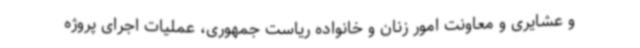
و عشایری و معاونت امور زنان و خانواده ریاست جمهوری، عملیات اجرای پروژه